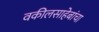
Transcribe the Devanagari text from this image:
वकीलसाहेबांचा